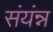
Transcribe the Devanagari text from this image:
संयंन्न